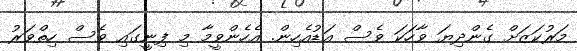
މަރުކަޒަށް ގެންދިޔަ ވާހަކަ ވެސް އަޑުއެހިން. އެހެންވީމާ މި ފިނީގައި ވެސް ހިތްވަރު